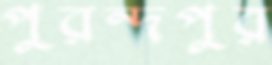
পুরন্দপুর